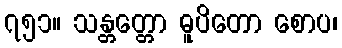
၇၅၁။ သန္တတ္တော ဓူပိတော စောပ၊